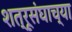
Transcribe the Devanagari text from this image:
शत्रूसंघाच्या